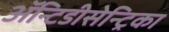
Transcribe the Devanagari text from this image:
ॲन्टिडीसेन्ट्रिका